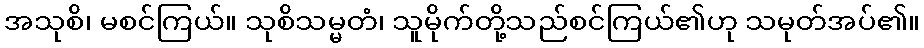
အသုစိ၊ မစင်ကြယ်။ သုစိသမ္မတံ၊ သူမိုက်တို့သည်စင်ကြယ်၏ဟု သမုတ်အပ်၏။